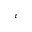
\varepsilon